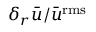
\delta _ { r } \bar { u } / \bar { u } ^ { \mathrm { r m s } }